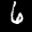
Label: 6